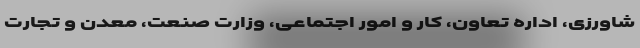
شاورزی، اداره تعاون، کار و امور اجتماعی، وزارت صنعت، معدن و تجارت